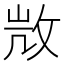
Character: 𢼸